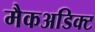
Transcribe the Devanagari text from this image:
मैकअडिक्ट